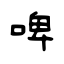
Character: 啤